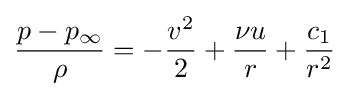
{\frac {p-p_{\infty }}{\rho }}=-{\frac {v^{2}}{2}}+{\frac {\nu u}{r}}+{\frac {c_{1}}{r^{2}}}